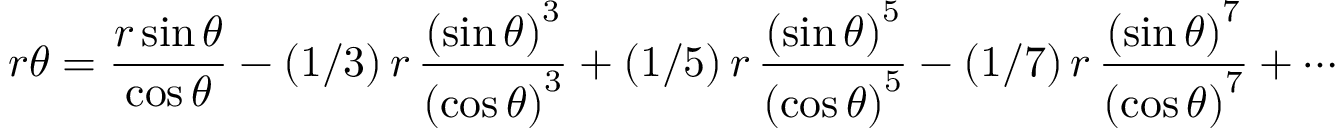
r \theta = { \frac { r \sin \theta } { \cos \theta } } - ( 1 / 3 ) \, r \, { \frac { \left( \sin \theta \right) ^ { 3 } } { \left( \cos \theta \right) ^ { 3 } } } + ( 1 / 5 ) \, r \, { \frac { \left( \sin \theta \right) ^ { 5 } } { \left( \cos \theta \right) ^ { 5 } } } - ( 1 / 7 ) \, r \, { \frac { \left( \sin \theta \right) ^ { 7 } } { \left( \cos \theta \right) ^ { 7 } } } + \cdots